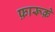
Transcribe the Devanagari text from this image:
फ़ारूक़े